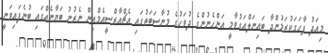
މިއަދު ފާހަގަކުރަމުންދާ ބައިނަލްއަގުވާމީ އަންހެނުންގެ ދުވަހުގެ މުނާސަބަތުގައި އެޗްއާރްސީއެމްއިން ނެރުނު ބަޔާނެއްގައި ބުނެފައިވަނީ